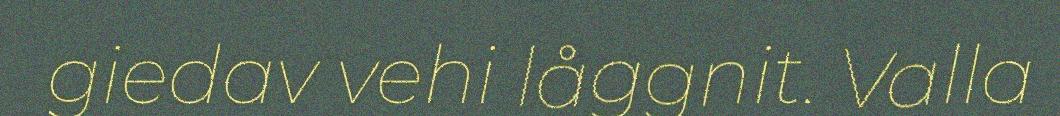
giedav vehi låggnit. Valla